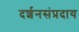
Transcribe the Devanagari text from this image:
दर्शनसंप्रदाय